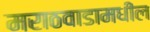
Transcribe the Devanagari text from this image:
मराठवाडामधील